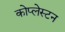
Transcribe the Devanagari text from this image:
कोप्लेस्टन